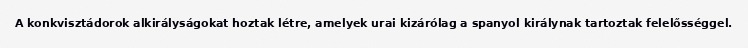
A konkvisztádorok alkirályságokat hoztak létre, amelyek urai kizárólag a spanyol királynak tartoztak felelősséggel.